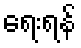
ရေးရန်